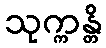
သုက္ကန္တိ